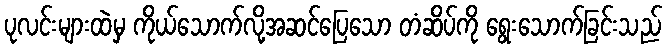
ပုလင်းများထဲမှ ကိုယ်သောက်လို့အဆင်ပြေသော တံဆိပ်ကို ရွေးသောက်ခြင်းသည်